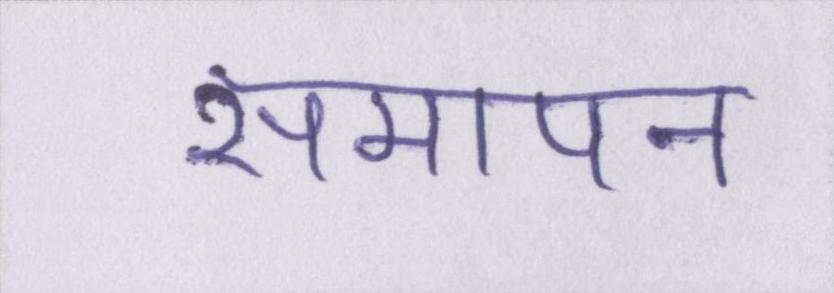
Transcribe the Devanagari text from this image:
समापन